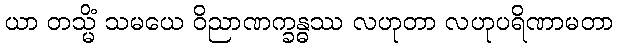
ယာ တသ္မိံ သမယေ ဝိညာဏက္ခန္ဓဿ လဟုတာ လဟုပရိဏာမတာ